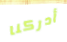
أدركنا